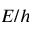
E / h